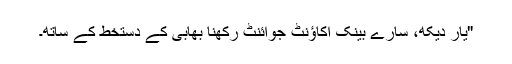
"یار دیکھ، سارے بینک اکاﺅنٹ جوائنٹ رکھنا بھابی کے دستخط کے ساتھ۔